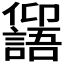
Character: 𠑕